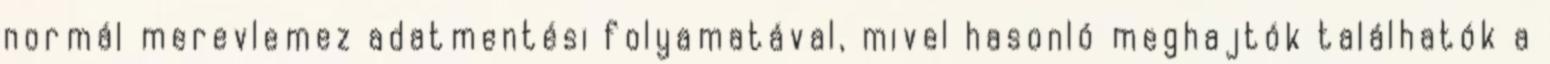
normál merevlemez adatmentési folyamatával, mivel hasonló meghajtók találhatók a